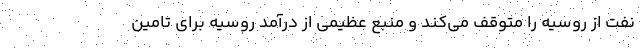
نفت از روسیه را متوقف می‌کند و منبع عظیمی از درآمد روسیه برای تامین